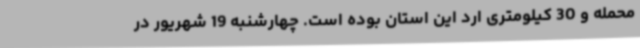
محمله و 30 کیلومتری ارد این استان بوده است. چهارشنبه 19 شهریور در